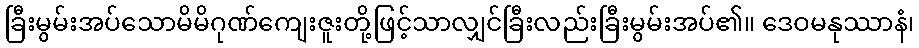
ခြီးမွမ်းအပ်သောမိမိဂုဏ်ကျေးဇူးတို့ဖြင့်သာလျှင်ခြီးလည်းခြီးမွမ်းအပ်၏။ ဒေဝမနုဿာနံ၊